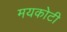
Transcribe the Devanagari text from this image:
मयकोटी